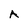
Character: A